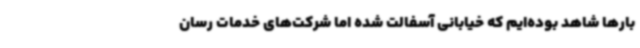
بارها شاهد بوده‌ایم که خیابانی آسفالت شده اما شرکت‌های خدمات رسان